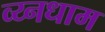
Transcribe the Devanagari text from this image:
व्य्नधाम